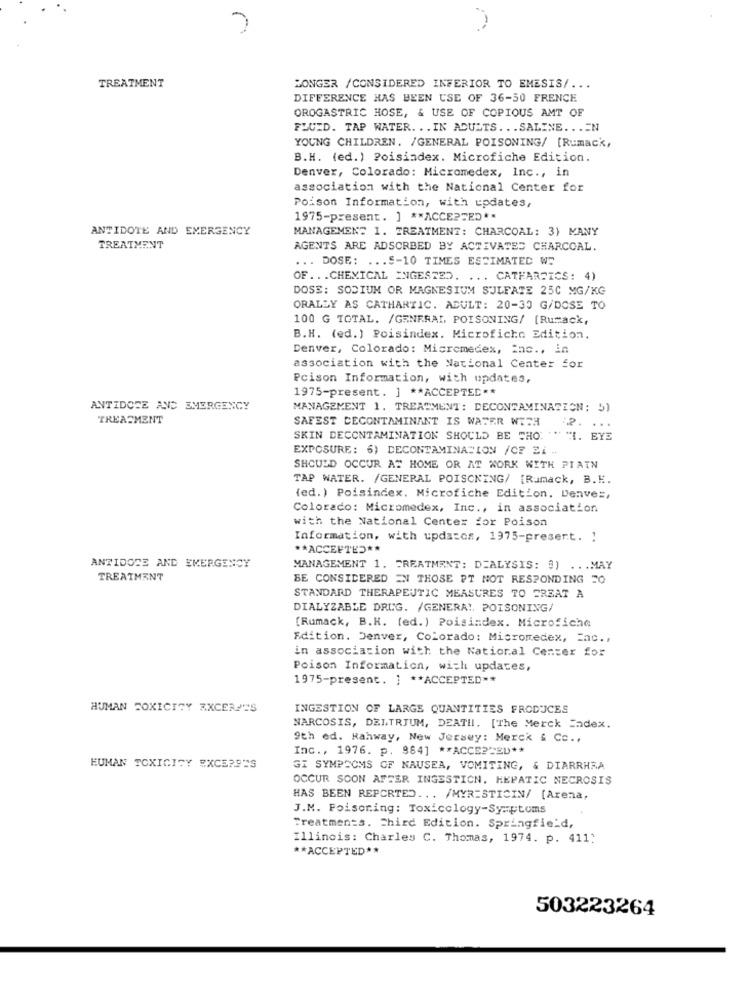
TREATMENT
LONGER /CONSIDERED INFERIOR TO EMESIS/ ...
DIFFERENCE HAS BEEN USE OF 36-50 FRENCE
OROGASTRIC HOSE, & USE OF COPIOUS AMT OF
FLUID. TAP WATER. . . IN ADULTS ... SALINE ... EN
YOUNG CHILDREN. /GENERAL POISONING/ [Rumack,
B.H. (ed.) Poisindex. Microfiche Edition.
Denver, Colorado: Micromedex, Inc ., in
association with the National Center for
Poison Information, with updates,
1975-present. ] ** ACCEPTED **
ANTIDOTE AND EMERGENCY
MANAGEMENT 1. TREATMENT: CHARCOAL: 3) MANY
TREATMENT
AGENTS ARE ADSORBED BY ACTIVATED CHARCOAL.
... DOSE: ... 5-10 TIMES ESTIMATED WE
OF ... CHEMICAL INGESTED. ... CATHARTICS: 4)
DOSS: SODIUM OR MAGNESIUM SULFATE 250 MG/KG
ORALLY AS CATHARTIC. ADULT: 20-30 G/DOSE TO
100 G TOTAL. /GENERAL POISONING/ [Rumack,
B.H. (ed.) Poisindex. Microficha Edition.
Denver, Colorado: Micromedex, inc ., in
association with the National Center for
Pcison Information, with updates,
1975-present. ] ** ACCEPTED **
ANTIDOTE AND EMERGENCY
MANAGEMENT 1. TREATMENT: DECONTAMINATION: 5)
TREATMENT
SAFEST DECONTAMINANT IS WATER WITH
:2. ...
SKIN DECONTAMINATION SHOULD BE THO: ""I. EYE
EXPOSURE: 6) DECONTAMINATION /CF Zi -.
SHOULD OCCUR AT HOME OR AT WORK WITH PIAIN
TAP WATER. /GENERAL POISCKING/ [Rumack, B.K.
(ed.) Poisindex. Microfiche Edition. Denves,
Colorado: Micromedex, Inc ., in association
with the National Center for Poison
Information, with updates, 1975-present. "
** ACCEPTED **
ANTIDOTE AND EMERGENCY
MANAGEMENT 1. TREATMENT: DIALYSIS: @) ... MAY
TREATMENT
BE CONSIDERED EN THOSE PT NOT RESPONDING TO
STANDARD THERAPEUTIC MEASURES TO TREAT A
DIALYZABLE DRUG. /GENERA !. POISONING/
[Rumack, B.H. (ed.) Poisindex. Microfiche
Edition. Denver, Colorado: Micromedex, Enc. .
in association with the National Center for
Poison Information, wich updates,
1975-present. ] ** ACCEPTED **
HUMAN TOXICITY EXCERPTS
INGESTION OF LARGE QUANTITIES FRODUCES
NARCOSIS, DELTRIUM, DEATH. [The Merck Fadex.
9th ed. Rahway, New Jersey: Merck & Co .,
Inc ., 1976. p. 984] ** ACCE2-EU **
EUMAN TOXICITY EXCERPTS
GI SYMPTOMS OF NAUSEA, VOMITING, & DIARRHRA
OCCUR SOON AFTER INGESTICN, HEPATIC NECROSIS
HAS BEEN REPORTED ... /MYR=STICIN/ [Arena,
J.M. Poisoning: Toxicology-Symptoms
Treatments. Third Edition. Springfield,
Illinois: Charles C. Thomas, 1974. p. 411:
** ACCEPTED **
503223264